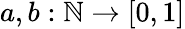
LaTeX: a,b:\mathbb{N}\rightarrow[0,1]